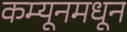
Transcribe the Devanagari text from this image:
कम्यूनमधून